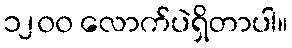
၁၂၀၀ လောက်ပဲရှိတာပါ။